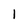
Character: 1